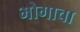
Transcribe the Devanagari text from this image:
भोगाचा